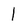
Character: 1